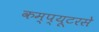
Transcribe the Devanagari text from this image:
कम्प्यूटरसे